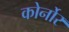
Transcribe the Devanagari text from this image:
कोर्नोर